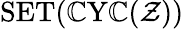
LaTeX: \operatorname{SET}(\operatorname{\mathbb{C}Y\mathbb{C}}({\mathcal{{Z}}}))